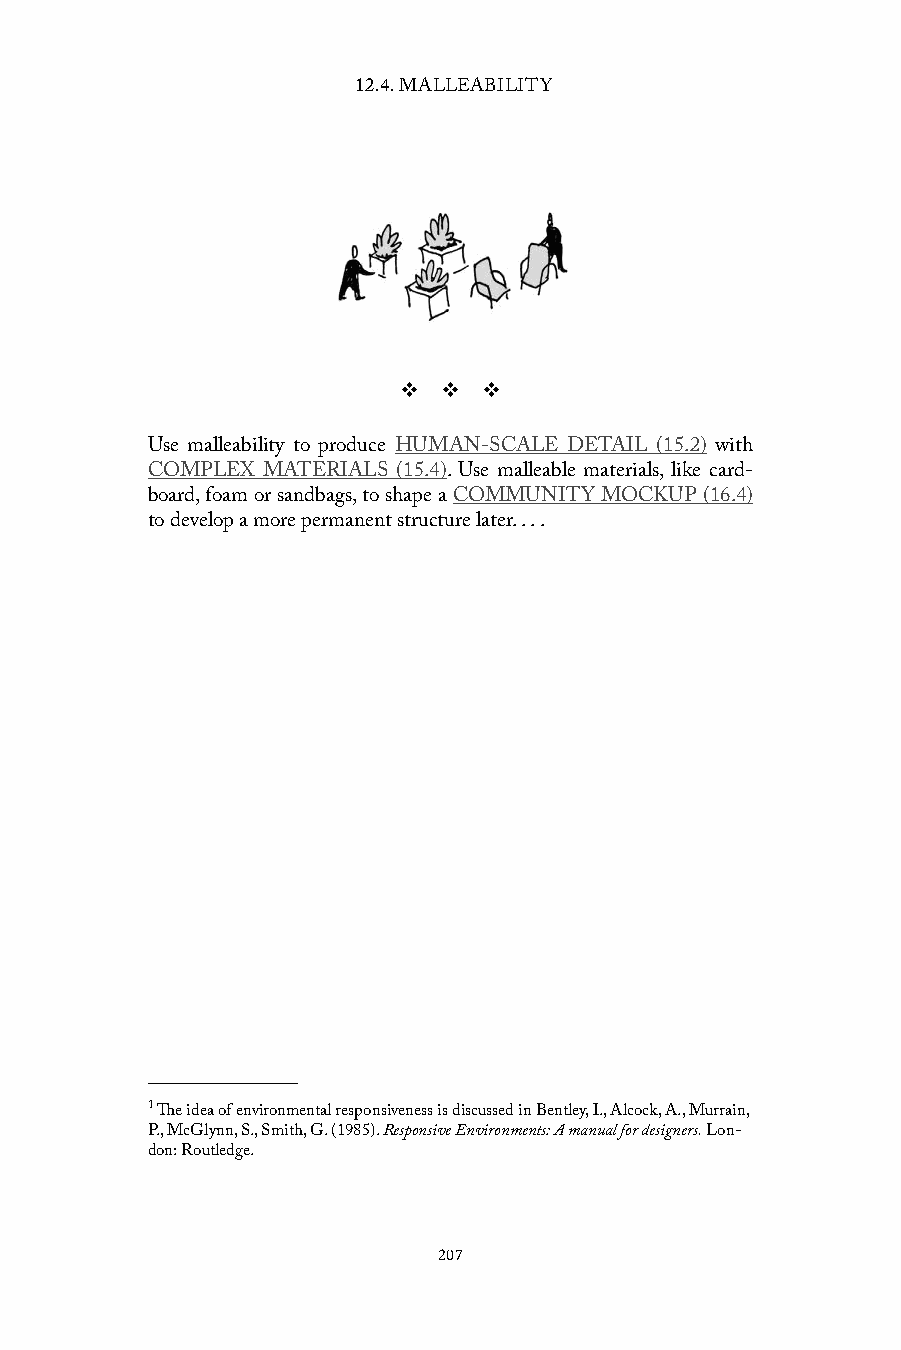
12.4. MALLEABILITY
 v  v  v
 Use malleability to produce HUMAN-SCALE DETAIL (15.2) with
 COMPLEX MATERIALS (15.4). Use malleable materials, like card-
 board, foam or sandbags, to shape a COMMUNITY MOCKUP (16.4)
 to develop a more permanent structure later. . . .
 1 The idea of environmental responsiveness is discussed in Bentley, I., Alcock, A., Murrain,
 P., McGlynn, S., Smith, G. (1985). Responsive Environments: A manual for designers. Lon-
 don: Routledge.
 207